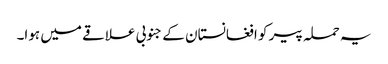
یہ حملہ پیر کو افغانستان کے جنوبی علاقے میں ہوا۔